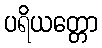
ပရိယတ္တော